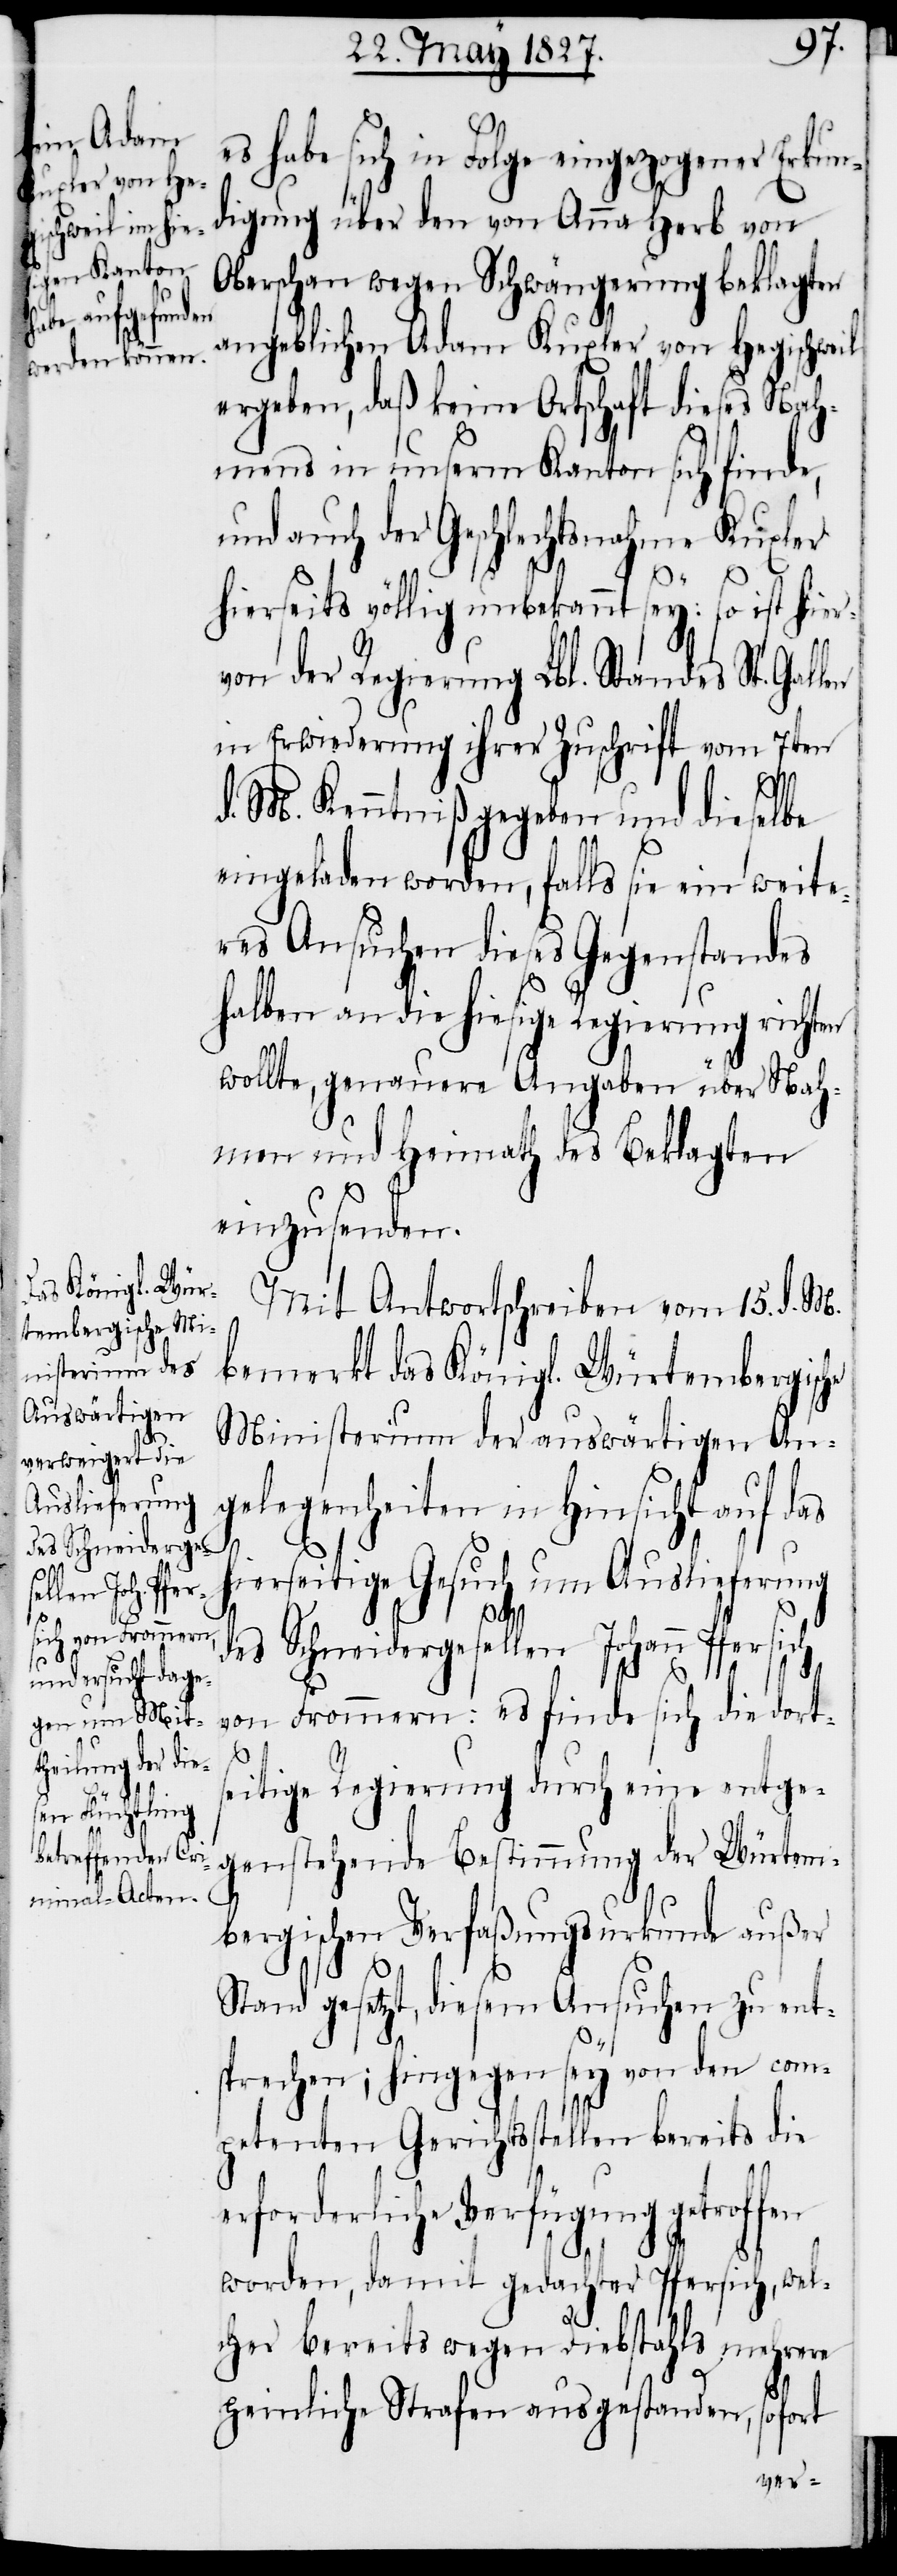
en

es habe sich in Folge eingezogener Erkun¬
digung über den von Anna Herb von
Oberschan wegen Schwängerung beklagten
angeblichen Adam Kuxler von Hegischweil
ergeben, daß keine Ortschaft diese Nah¬
mens in unserm Kanton sich finde,
und auch der Geschlechtsnahme Kuxler
hierseits völlig unbekannt sey: so ist hier¬
von der Regierung Lbl. Standes St. Gall¬
in Erwiederung ihrer Zuschrift vom 7ten
d. M. Kenntniß gegeben und dieselbe
eingeladen worden, falls sie ein weite¬
res Ansuchen dieses Gegenstandes
halben an die hiesige Regierung richten
wollte, genauere Angaben über Nah¬
men und Heimath des Beklagten
einzusenden.
Mit Antwortschreiben vom 15. d. M.
bemerkt das Königl. Würtembergische
Ministerium der auswärtigen An¬
gelegenheiten in Hinsicht auf das
hierseitige Gesuch um Auslieferung
des Schneidergesellen Johann Pfersich
von Frommen: es finde sich die dort¬
seitige Regierung durch eine entge¬
genstehende Bestimmung der Würtem¬
bergischen Verfaßungsurkunde außer
Stand gesetzt, diesem Ansuchen zu ent¬
sprechen; hingegen sey von den com¬
petenten Gerichtsstellen bereits die
erforderliche Verfügung getroffen
worden, damit gedachter Pfersich, wel¬
cher bereits wegen Diebstahls mehrere
peinliche Strafen ausgestanden, sofort